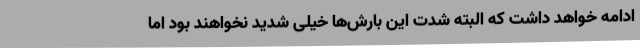
ادامه خواهد داشت که البته شدت این بارش‌ها خیلی شدید نخواهند بود اما